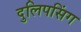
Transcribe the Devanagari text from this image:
दुलिपसिंग